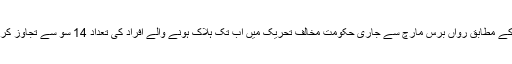
اس تنظیم کے مطابق رواں برس مارچ سے جاری حکومت مخالف تحریک میں اب تک ہلاک ہونے والے افراد کی تعداد 14 سو سے تجاوز کر چکی ہے۔